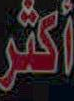
أكثر